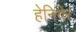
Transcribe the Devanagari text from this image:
हेनिगेर